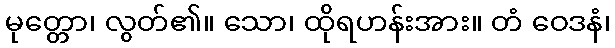
မုတ္တော၊ လွတ်၏။ သော၊ ထိုရဟန်းအား။ တံ ဝေဒနံ၊